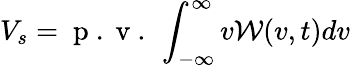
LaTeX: V_{s}=\mathrm{~p~.~v~.~}\int_{-\infty}^{\infty}v\mathcal W(v,t)dv